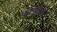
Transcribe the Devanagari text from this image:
कोवलेन्त